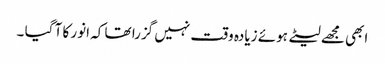
ابھی مجھے لیٹے ہوئے زیادہ وقت نہیں گزرا تھا کہ انور کا آ گیا ۔